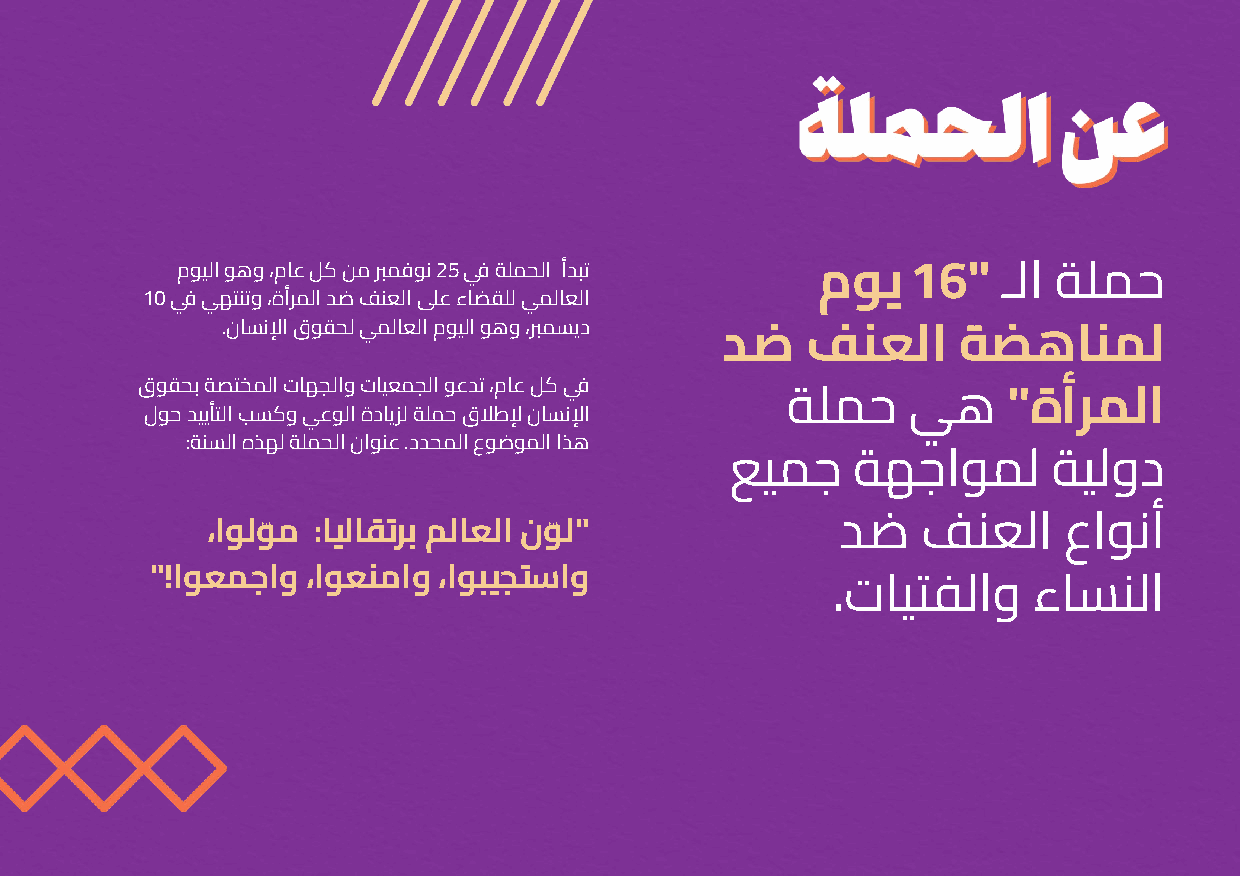
مﻮﻴﻟا ﻮﻫو ،مﺎﻋ ﻞﻛ ﻦﻣ ﱪﻤﻓﻮﻧ 25 ﻲﻓ ﺔﻠﻤﺤﻟا أﺪﺒﺗ
 مﻮﻳ   16"   ـﻟا ﺔﻠﻤﺣ
 10 ﻲﻓ ﻲﻬﺘﻨﺗو ،ةأﺮﻤﻟا ﺪﺿ ﻒﻨﻌﻟا ﲆﻋ ءﺎﻀﻘﻠﻟ ﻲﻤﻟﺎﻌﻟا
 .نﺎﺴﻧﻹا قﻮﻘﺤﻟ ﻲﻤﻟﺎﻌﻟا مﻮﻴﻟا ﻮﻫو ،ﱪﻤﺴﻳد
 ﺪﺿ   ﻒﻨﻌﻟا     ﺔﻀﻫﺎﻨﻤﻟ
 قﻮﻘﺤﺑ ﺔﺼﺘﺨﻤﻟا تﺎﻬﺠﻟاو تﺎﻴﻌﻤﺠﻟا ﻮﻋﺪﺗ ،مﺎﻋ ﻞﻛ ﻲﻓ
 ﺔﻠﻤﺣ    ﻲﻫ     "ةأﺮﻤﻟا
 لﻮﺣ ﺪﻴﻳﺄﺘﻟا ﺐﺴﻛو ﻲﻋﻮﻟا ةدﺎﻳﺰﻟ ﺔﻠﻤﺣ قﻼﻃﻹ نﺎﺴﻧﻹا
 :ﺔﻨﺴﻟا هﺬﻬﻟ ﺔﻠﻤﺤﻟا ناﻮﻨﻋ .دﺪﺤﻤﻟا عﻮﺿﻮﻤﻟا اﺬﻫ
 ﻊﻴﻤﺟ    ﺔﻬﺟاﻮﻤﻟ       ﺔﻴﻟود
 ،اﻮﻟﻮّ ﻣ :ﺎﻴﻟﺎﻘﺗﺮﺑ ﻢﻟﺎﻌﻟا نﻮّ ﻟ"          ﺪﺿ   ﻒﻨﻌﻟا    عاﻮﻧأ
 "!اﻮﻌﻤﺟاو ،اﻮﻌﻨﻣاو ،اﻮﺒﻴﺠﺘﺳاو
 .تﺎﻴﺘﻔﻟاو    ءﺎﺴﻨﻟا